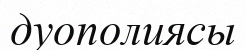
дуополиясы